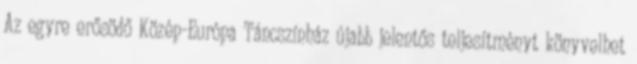
Az egyre erősödő Közép-Európa Táncszínház újabb jelentős teljesítményt könyvelhet